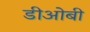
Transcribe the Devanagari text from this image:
डीओबी